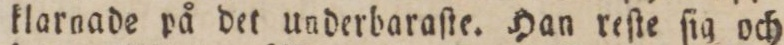
klarnade på det underbaraſte. Han reſte ſig och